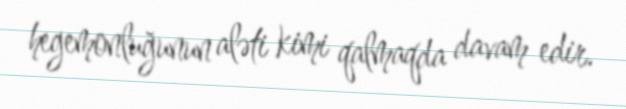
hegemonluğunun aləti kimi qalmaqda davam edir.